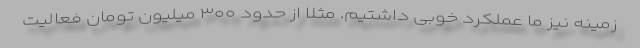
زمینه نیز ما عملکرد خوبی داشتیم. مثلا از حدود ۳۰۰ میلیون تومان فعالیت